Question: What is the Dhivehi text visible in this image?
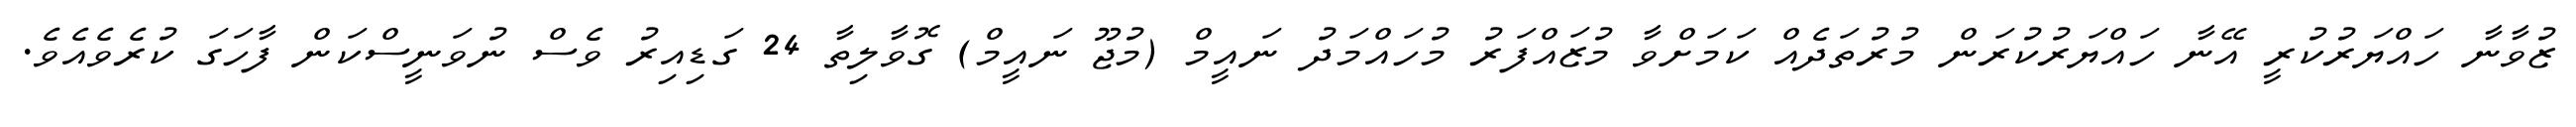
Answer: ޒުވާނާ ހައްޔަރުކުރީ އޭނާ ހައްޔަރުކުރަން މުރުތަދެއް ކަމަށްވާ މުޒައްފަރު މުހައްމަދު ނައީމް (މުޖޫ ނައީމް) ގޮވާލިތާ 24 ގަޑިއިރު ވެސް ނުވަނީސްކަން ފާހަގަ ކުރެވެއެވެ.